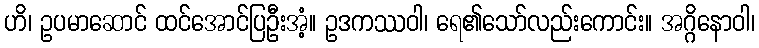
ဟိ၊ ဥပမာဆောင် ထင်အောင်ပြဦးအံ့။ ဥဒကဿဝါ၊ ရေ၏သော်လည်းကောင်း။ အဂ္ဂိနောဝါ၊